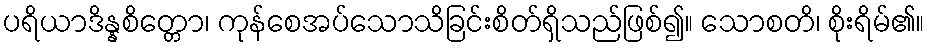
ပရိယာဒိန္နစိတ္တော၊ ကုန်စေအပ်သောသိခြင်းစိတ်ရှိသည်ဖြစ်၍။ သောစတိ၊ စိုးရိမ်၏။